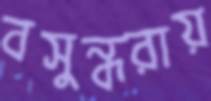
বসুন্ধরায়